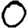
Digit: 0